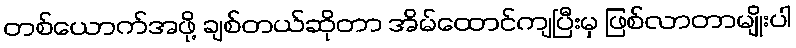
တစ်ယောက်အဖို့ ချစ်တယ်ဆိုတာ အိမ်ထောင်ကျပြီးမှ ဖြစ်လာတာမျိုးပါ